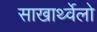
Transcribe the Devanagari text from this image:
साखार्थ्वेलो